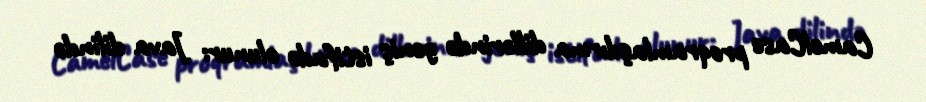
CamelCase proqramlaşdırma dillərində geniş istifadə olunur: Java dilində